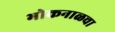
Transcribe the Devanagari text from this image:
भोकनाळचा